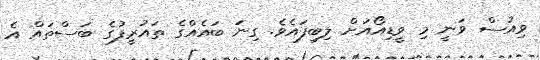
ވިއުސް ވަނީ މި ވީޑިއޯއަށް ލިބިފައެވެ. ގިނަ ބައެއްގެ ތައުރީފުގެ ބަސްތައް އެ